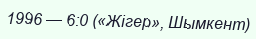
1996 — 6:0 («Жігер», Шымкент)